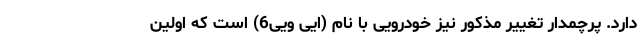
دارد. پرچمدار تغییر مذکور نیز خودرویی با نام (ایی ویی6) است که اولین